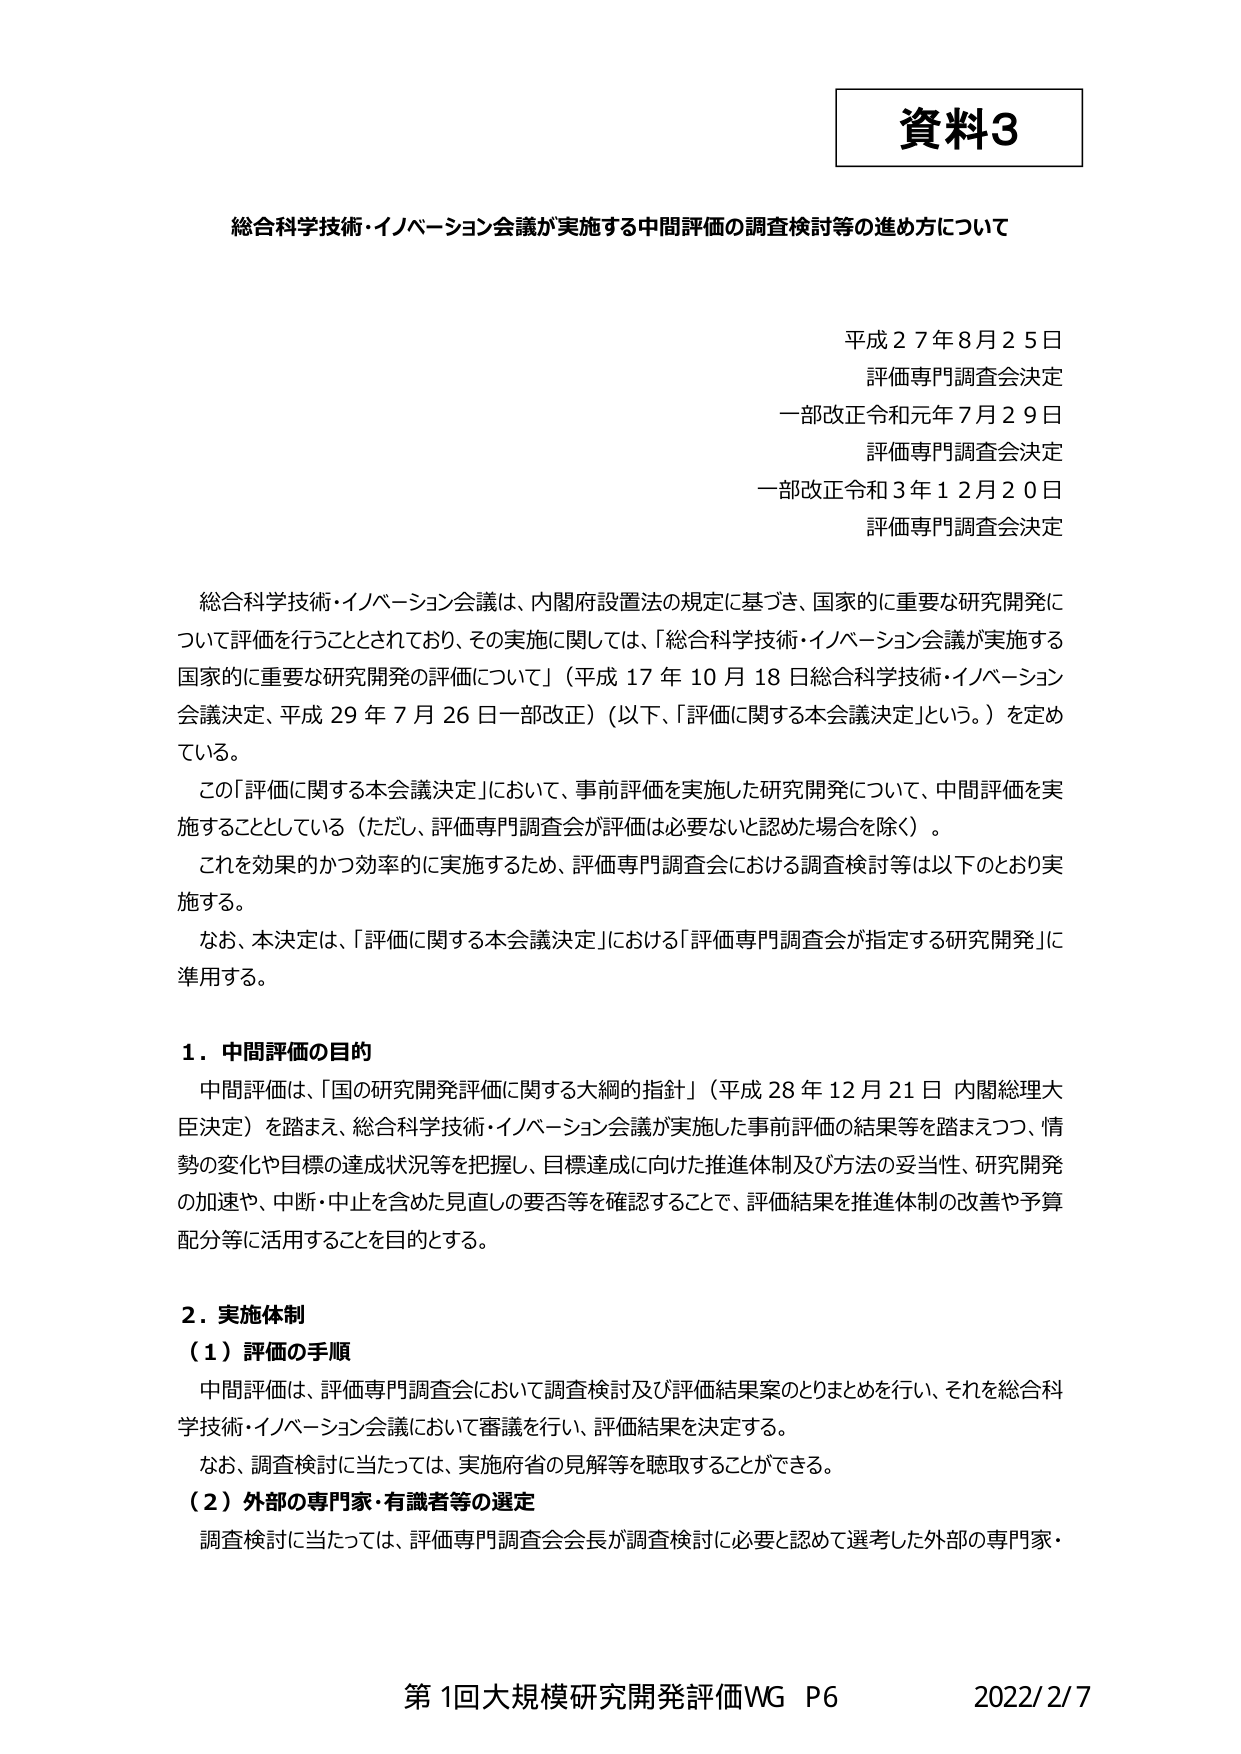
資料3

総合科学技術・イノベーション会議が実施する中間評価の調査検討等の進め方について

平成２７年８月２５日
評価専門調査会決定
一部改正令和元年７月２９日
評価専門調査会決定
一部改正令和３年１２月２０日
評価専門調査会決定

総合科学技術・イノベーション会議は、内閣府設置法の規定に基づき、国家的に重要な研究開発について評価を行うこととされており、その実施に関しては、「総合科学技術・イノベーション会議が実施する国家的に重要な研究開発の評価について」（平成17年10月18日総合科学技術・イノベーション会議決定、平成29年7月26日一部改正）（以下、「評価に関する本会議決定」という。）を定めている。

この「評価に関する本会議決定」において、事前評価を実施した研究開発について、中間評価を実施することとしている（ただし、評価専門調査会が評価は必要ないと認めた場合を除く）。

これを効果的かつ効率的に実施するため、評価専門調査会における調査検討等は以下のとおり実施する。

なお、本決定は、「評価に関する本会議決定」における「評価専門調査会が指定する研究開発」に準用する。

１．中間評価の目的
中間評価は、「国の研究開発評価に関する大綱的指針」（平成28年12月21日 内閣総理大臣決定）を踏まえ、総合科学技術・イノベーション会議が実施した事前評価の結果等を踏まえつつ、情勢の変化や目標の達成状況等を把握し、目標達成に向けた推進体制及び方法の妥当性、研究開発の加速や、中断・中止を含めた見直しの要否等を確認することで、評価結果を推進体制の改善や予算配分等に活用することを目的とする。

２．実施体制
（１）評価の手順
中間評価は、評価専門調査会において調査検討及び評価結果案のとりまとめを行い、それを総合科学技術・イノベーション会議において審議を行い、評価結果を決定する。
なお、調査検討に当たっては、実施府省の見解等を聴取することができる。
（２）外部の専門家・有識者等の選定
調査検討に当たっては、評価専門調査会会長が調査検討に必要と認めて選考した外部の専門家・

第1回大規模研究開発評価WG P6 2022/2/7